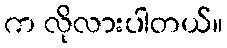
က လိုလားပါတယ်။